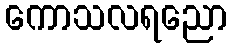
ကောသလရညော